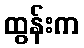
ထွန်းက